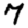
Digit: 7